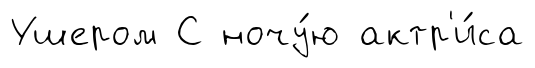
Ушером С ночу́ю актр'и́са